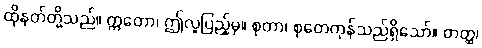
ထိုနတ်တို့သည်။ ဣတော၊ ဤလူပြည့်မှ။ စုတာ၊ စုတေကုန်သည်ရှိသော်။ တတ္ထ၊